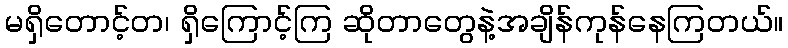
မရှိတောင့်တ၊ ရှိကြောင့်ကြ ဆိုတာတွေနဲ့အချိန်ကုန်နေကြတယ်။